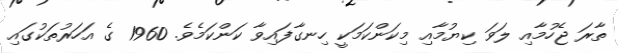
ތާރަ ޖެހުމާއި ލަވަ ކިޔުމާއި މިކަންކަމަކީ ހިނގާފައިވާ ކަންކަމެވެ. 1960 ގެ އަހަރުތަކުގައި